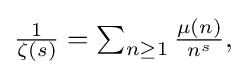
{\textstyle {\frac {1}{\zeta (s)}}=\sum _{n\geq 1}{\frac {\mu (n)}{n^{s}}},}